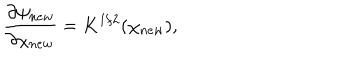
LaTeX: \frac { \partial \psi _ { n e w } } { \partial \chi _ { n e w } } = K ^ { 1 / 2 } ( \chi _ { n e w } ) ,